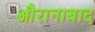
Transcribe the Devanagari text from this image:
औरानाबाद